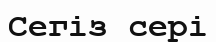
Сегіз сері